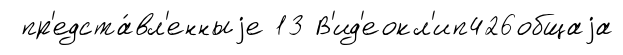
пр'едста́вл'енныjе 13 В'ид'еокл'ип426общаjа